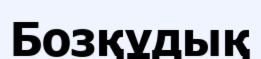
Бозқұдық